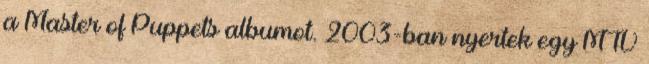
a Master of Puppets albumot. 2003-ban nyertek egy MTV